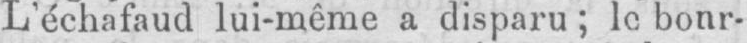
L’échafaud lui-même a disparu; le bonr-